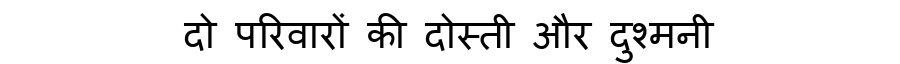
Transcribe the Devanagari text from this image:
दो परिवारों की दोस्ती और दुश्मनी